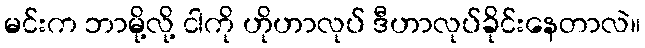
မင်းက ဘာမို့လို့ ငါကို ဟိုဟာလုပ် ဒီဟာလုပ်ခိုင်းနေတာလဲ။